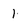
Character: 1